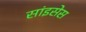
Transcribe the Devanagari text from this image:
सांइसेस